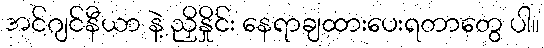
အင်ဂျင်နီယာ နဲ့ ညှိနှိုင်း နေရာချထားပေးရတာတွေ ပါ။